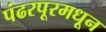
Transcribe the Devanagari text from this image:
पंढरपूरमधून